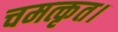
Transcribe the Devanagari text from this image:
चमत्कृत।